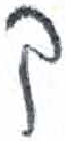
אות: ק